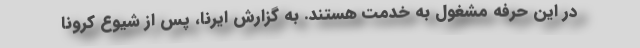
در این حرفه مشغول به خدمت هستند. به گزارش ایرنا، پس از شیوع کرونا